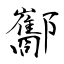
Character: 酅